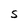
Character: S